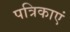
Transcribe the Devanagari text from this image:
पत्रिकाएं